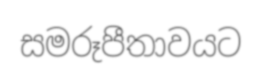
සමරූපීතාවයට